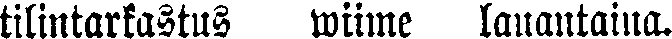
tilintarkastus wiime lauantaina.